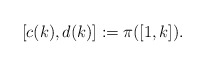
\begin{align*}[c(k), d(k)] := \pi([1,k]).\end{align*}